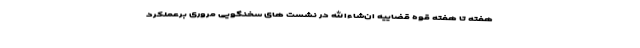
هفته تا هفته قوه قضاییه ان‌شاءالله در نشست های سخنگویی مروری برعملکرد